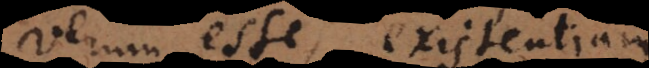
verum esse, existentiam